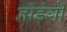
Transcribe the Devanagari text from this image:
तोड़ेगी